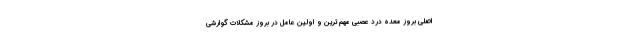
اصلی بروز معده درد عصبی مهم ترین و اولین عامل در بروز مشکلات گوارشی